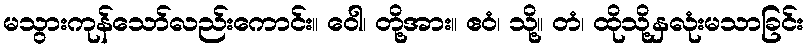
မသွားကုန်သော်လည်းကောင်း။ ဝေါ၊ တို့အား။ ဧဝံ၊ သို့။ တံ၊ ထိုသို့နှလုံးမသာခြင်း